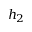
h _ { 2 }